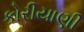
કોરીયાણી